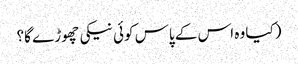
(کیا وہ اس کے پاس کوئی نیکی چھوڑے گا؟